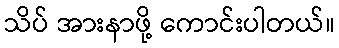
သိပ် အားနာဖို့ ကောင်းပါတယ်။